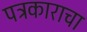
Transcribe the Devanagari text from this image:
पत्रकाराचा